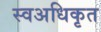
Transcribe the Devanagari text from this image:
स्वअधिकृत